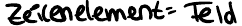
Zeilenelement = Feld